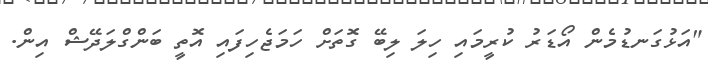
"އަޅުގަނޑުމެން އޯޑަރު ކުރީމައި ހިލަ ލިބޭ ގޮތަށް ހަމަޖެހިފައި އޮތީ ބަންގްލަދޭޝް އިން.